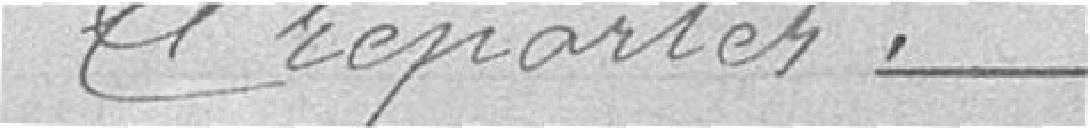
A reporter.